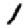
Digit: 1